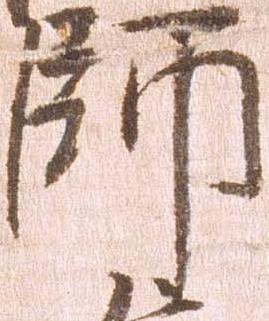
師